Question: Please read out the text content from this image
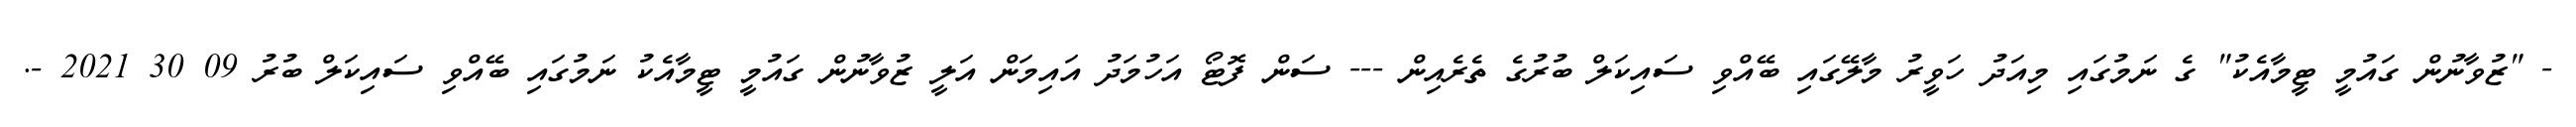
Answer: - "ޒުވާނުން ގައުމީ ޓީމާއެކު" ގެ ނަމުގައި މިއަދު ހަވީރު މާލޭގައި ބޭއްވި ސައިކަލް ބުރުގެ ތެރެއިން --- ސަން ފޮޓޯ އަހުމަދު އައިމަން އަލީ ޒުވާނުން ގައުމީ ޓީމާއެކު ނަމުގައި ބޭއްވި ސައިކަލް ބުރު 09 30 2021 -.